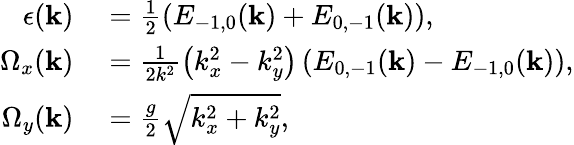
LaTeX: \begin{array}{rl}{\epsilon(\mathbf{k})}&{{}=\frac{1}{2}(E_{-1,0}(\mathbf{k})+E_{0,-1}(\mathbf{k})),}\\ {\Omega_{x}(\mathbf{k})}&{{}=\frac{1}{2k^{2}}\left(k_{x}^{2}-k_{y}^{2}\right)\left(E_{0,-1}(\mathbf{k})-E_{-1,0}(\mathbf{k})\right),}\\ {\Omega_{y}(\mathbf{k})}&{{}=\frac{g}{2}\sqrt{k_{x}^{2}+k_{y}^{2}}\textrm{,}}\end{array}